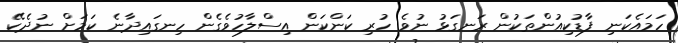
ހަމައެކަނި ފާޑުކިއުންތަކުން ރަނގަޅު ނުވެ ހުރި ކަންކަން އިސްލާހުވެގެން ހިނގައިދާނެ ކަމަށް ނުދެކޭ